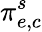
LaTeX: \pi_{e,c}^{s}